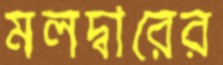
মলদ্বারের